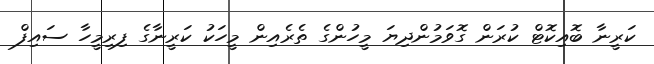
ކަރީނާ ބޮއިކޮޓް ކުރަން ގޮވަމުންދިޔަ މީހުންގެ ތެރެއިން މީހަކު ކަރީނާގެ ފިރިމީހާ ސައިފް